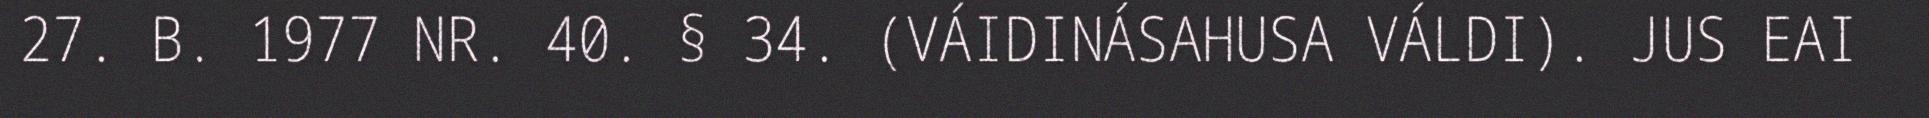
27. B. 1977 NR. 40. § 34. (VÁIDINÁSAHUSA VÁLDI). JUS EAI